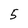
Character: 5